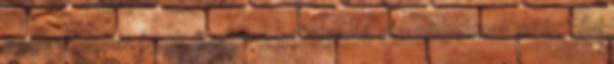
azok az országok őket? A befogadó országoknak miért éri